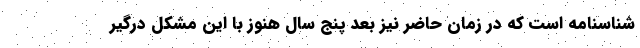
شناسنامه است که در زمان حاضر نیز بعد پنج سال هنوز با این مشکل درگیر